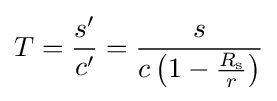
T={\frac {s'}{c'}}={\frac {s}{c\left(1-{\tfrac {R_{\text{s}}}{r}}\right)}}